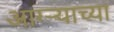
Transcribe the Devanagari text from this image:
आग्‍र्‍याच्या